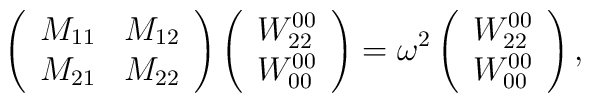
\left( \begin{array}{cc}        M_{11} & M_{12} \\ M_{21} & M_{22}        \end{array}  \right) \left(  \begin{array}{c}                                      W_{22}^{00} \\ W_{00}^{00}                                     \end{array} \right) = \omega^2         \left(  \begin{array}{c}                W_{22}^{00} \\ W_{00}^{00}                  \end{array} \right),